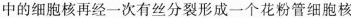
中的细胞核再经一次有丝分裂形成一个花粉管细胞核